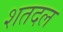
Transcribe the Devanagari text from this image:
शतदल